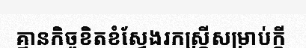
គ្មានកិច្ចខិតខំស្វែងរកស្ត្រីសម្រាប់ក្តី